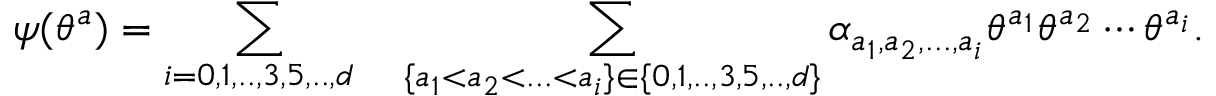
\psi ( \theta ^ { a } ) = \sum _ { i = 0 , 1 , . . , 3 , 5 , . . , d } \quad \sum _ { \{ a _ { 1 } < a _ { 2 } < . . . < a _ { i } \} \in \{ 0 , 1 , . . , 3 , 5 , . . , d \} } \alpha _ { a _ { 1 } , a _ { 2 } , . . . , a _ { i } } \theta ^ { a _ { 1 } } \theta ^ { a _ { 2 } } \cdots \theta ^ { a _ { i } } .